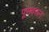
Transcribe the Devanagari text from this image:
पूसवरून